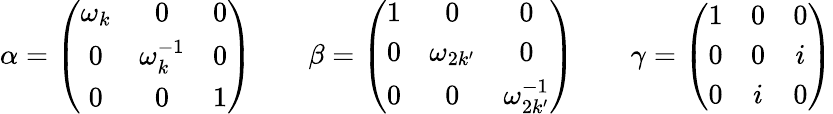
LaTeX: \alpha=\left(\begin{array}{ccc}{{\omega_{k}}}&{{0}}&{{0}}\\ {{0}}&{{\omega_{k}^{-1}}}&{{0}}\\ {{0}}&{{0}}&{{1}}\end{array}\right)~~~~~~~~\beta=\left(\begin{array}{ccc}{{1}}&{{0}}&{{0}}\\ {{0}}&{{\omega_{2k^{\prime}}}}&{{0}}\\ {{0}}&{{0}}&{{\omega_{2k^{\prime}}^{-1}}}\end{array}\right)~~~~~~~~\gamma=\left(\begin{array}{ccc}{{1}}&{{0}}&{{0}}\\ {{0}}&{{0}}&{{i}}\\ {{0}}&{{i}}&{{0}}\end{array}\right)